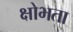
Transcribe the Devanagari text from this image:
क्षोभता